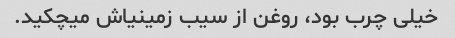
خیلی چرب بود، روغن از سیب زمینیاش میچکید.